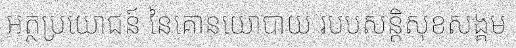
អត្ថប្រយោជន៍ នៃគោនយោបាយ របបសន្តិសុខសង្គម